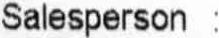
SALESPERSON :